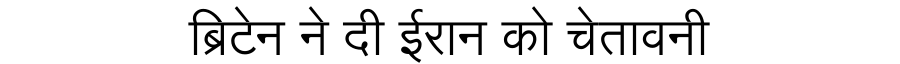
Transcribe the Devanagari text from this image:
ब्रिटेन ने दी ईरान को चेतावनी